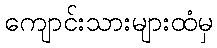
ကျောင်းသားများထံမှ